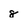
Character: 8